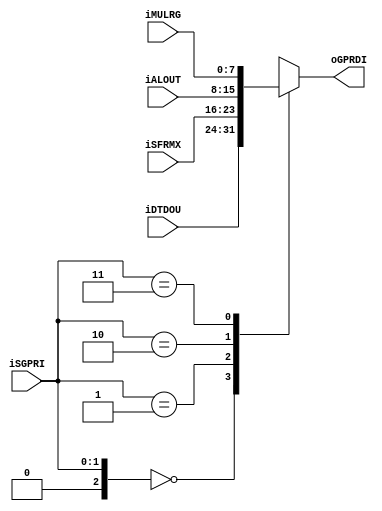
module gprmux(
        input  [7:0]    iDTDOU,
        input  [7:0]    iSFRMX,
        input  [7:0]    iALOUT,
        input  [7:0]    iMULRG,
        input  [1:0]    iSGPRI,
        output [7:0]    oGPRDI
    );
    wire [7:0]      wGPRMX[7:0];
    assign oGPRDI = wGPRMX[iSGPRI];
    assign wGPRMX[0] = iDTDOU;
    assign wGPRMX[1] = iSFRMX;
    assign wGPRMX[2] = iALOUT;
    assign wGPRMX[3] = iMULRG;
endmodule